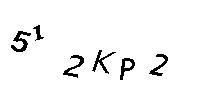
512KP2